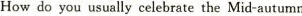
How do you usually celebrate the Mid-autumn